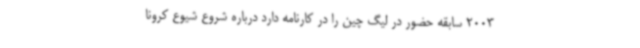
2003 سابقه حضور در لیگ چین را در کارنامه دارد درباره شروع شیوع کرونا